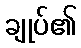
ချုပ်၏